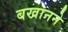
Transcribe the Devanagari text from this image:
बखानने